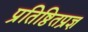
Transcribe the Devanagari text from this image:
प्रतिष्ठितप्रज्ञ